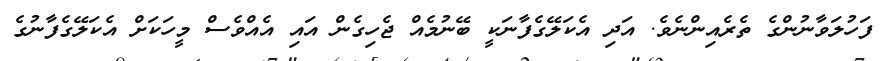
ފަހުލަވާނުންގެ ތެރެއިންނެވެ. އަދި އެކަލޭގެފާނަކީ ބޭނުމެއް ޖެހިގެން އައި އެއްވެސް މީހަކަށް އެކަލޭގެފާނުގެ